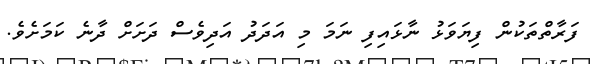
ފަރާތްތަކުން ފިޔަވަޅު ނާޅައިފި ނަމަ މި އަދަދު އަދިވެސް ދަށަށް ދާނެ ކަމަށެވެ.